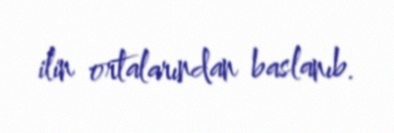
ilin ortalarından baslanıb.